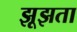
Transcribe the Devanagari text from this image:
झूझता